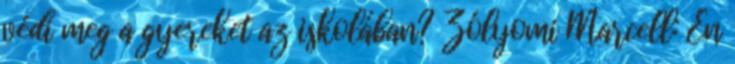
védi meg a gyereket az iskolában? Zólyomi Marcell: Én